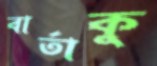
বার্তাকু